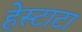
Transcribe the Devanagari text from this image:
हेस्टाटा